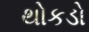
થોકડો